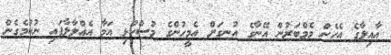
އާއިލާގެ އެހެން މެމްބަރުން އޭނާގެ އުނގަށް އެމީހުންގެ މުސްކުޅި އަމާ އެއްލާލާފައި ނުކުމެގެން